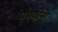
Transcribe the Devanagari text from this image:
मृगयोनी